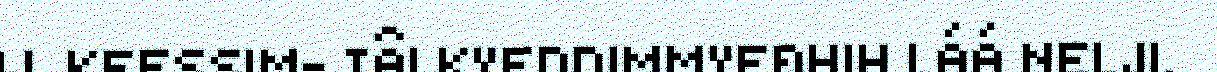
IJ. KEESSIM- TÂI KYEDDIMMYEĐHIH LÁÁ NELJI.